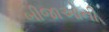
બીજાઓની